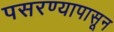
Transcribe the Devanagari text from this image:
पसरण्यापासून